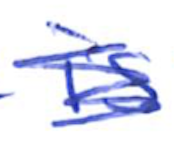
Text: is
Cross-out: scratch
Writing tool: ballpoint